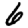
Digit: 6